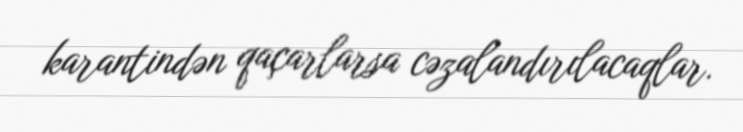
karantindən qaçarlarsa cəzalandırılacaqlar.